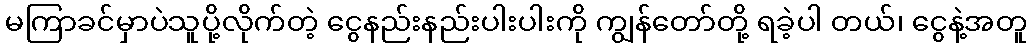
မကြာခင်မှာပဲသူပို့လိုက်တဲ့ ငွေနည်းနည်းပါးပါးကို ကျွန်တော်တို့ ရခဲ့ပါ တယ်၊ ငွေနဲ့အတူ